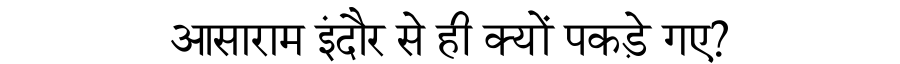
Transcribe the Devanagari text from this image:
आसाराम इंदौर से ही क्यों पकड़े गए?